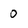
Character: 0